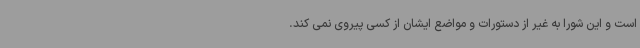
است و این شورا به غیر از دستورات و مواضع ایشان از کسی پیروی نمی کند.